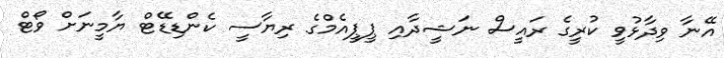
އޭނާ ވިދާޅުވީ ކުރީގެ ރައީސް ނަޝީދާއި ޕީޕީއެމްގެ ރިޔާސީ ކެންޑިޑޭޓް ޔާމީނަށް ވޯޓް